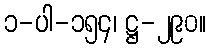
၁-ပါ-၁၅၄၊ ဋ္ဌ-၂၉၀။